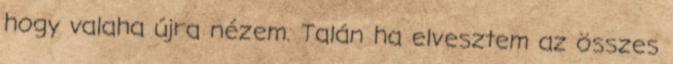
hogy valaha újra nézem. Talán ha elvesztem az összes